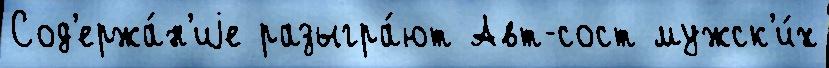
Сод'ержа́н'иjе разыгра́ют Авт-сост мужск'и́х